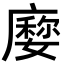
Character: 𢋉